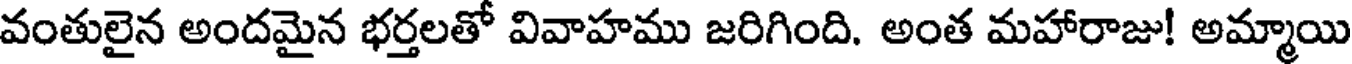
వంతులైన అందమైన భర్తలతో వివాహము జరిగింది. అంత మహారాజు! అమ్మాయి